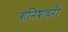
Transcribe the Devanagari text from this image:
शनिशचरी